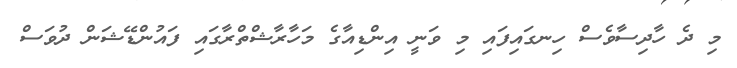
މި ދެ ހާދިސާވެސް ހިނގައިފައި މި ވަނީ އިންޑިއާގެ މަހާރާޝްތްރާގައި ފައުންޑޭޝަން ދުވަސް